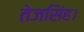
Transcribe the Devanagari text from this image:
तेजसिंह।